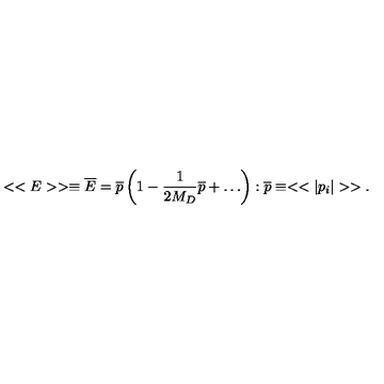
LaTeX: < < E > > \equiv { \overline { E } } = { \overline { p } } \left( 1 - \frac { 1 } { 2 M _ { D } } { \overline { p } } + \dots \right) : { \overline { p } } \equiv < < | p _ { i } | > > .